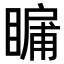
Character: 𭿛